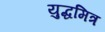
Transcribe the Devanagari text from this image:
युद्धमित्र